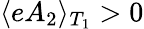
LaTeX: \langle eA_{2}\rangle_{T_{1}}>0